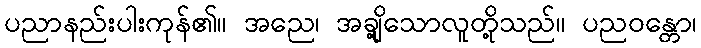
ပညာနည်းပါးကုန်၏။ အညေ၊ အချို့သောလူတို့သည်။ ပညဝန္တော၊